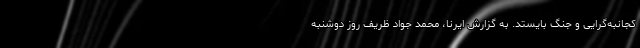
کجانبه‌گرایی و جنگ بایستد. به گزارش ایرنا، محمد جواد ظریف روز دوشنبه